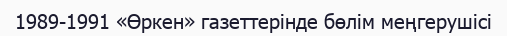
1989-1991 «Өркен» газеттерінде бөлім меңгерушісі